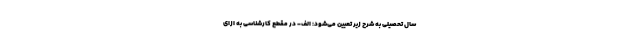
سال تحصیلی به شرح زیر تعیین می‌شود: الف- در مقطع کارشناسی به ازای